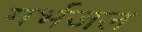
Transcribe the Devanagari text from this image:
गर्भजल